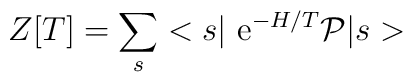
Z[T]=\sum_s <s\vert {\rm ~e}^{-H/T}{\cal P}\vert s>